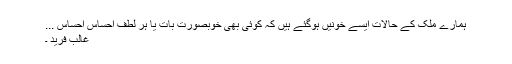
ہمارے ملک کے حالات ایسے خونیں ہوگئے ہیں کہ کوئی بھی خوبصورت بات یا ہر لطف احساس احساسِ ...
غالب فرید ۔